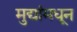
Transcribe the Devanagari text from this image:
मुद्यांमधून